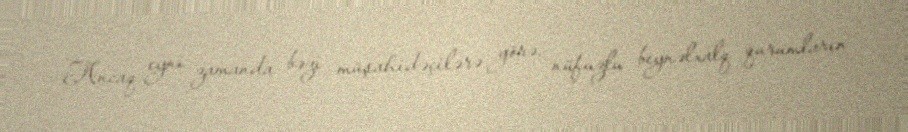
Ancaq eyni zamanda bəzi müşahidəçilərə görə, nüfuzlu beynəlxalq qurumların